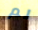
لم